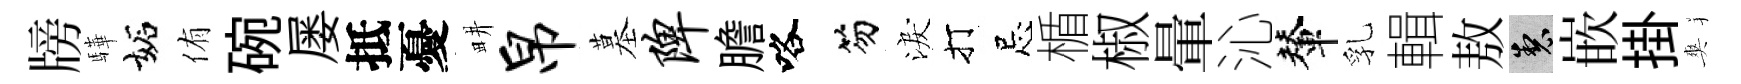
牓驊妬侑碗屡抵憂畊帛墓陴膽咯笏淚打忌楯椒暈沁輦乳輯敖製嵌掛爽